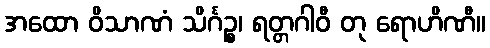
အထော ဝိသာဏံ သိင်္ဂဉ္စ၊ ရတ္တဂါဝီ တု ရောဟိဏီ။